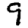
Digit: 9